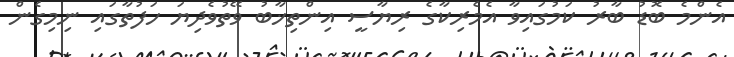
އެންމެ ބޮޑު ބާރު ކަމުގައިވާ އެމެރިކާގެ ރިޔާސީ އިންތިޚާބު ވޭތުވެދިޔަ ހަފުތާގައި ނިމިގެން